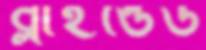
ব্লাইন্ডেড